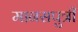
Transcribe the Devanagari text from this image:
मानसपुत्री